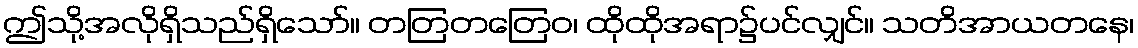
ဤသို့အလိုရှိသည်ရှိသော်။ တတြတတြေဝ၊ ထိုထိုအရာ၌ပင်လျှင်။ သတိအာယတနေ၊